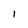
Character: I